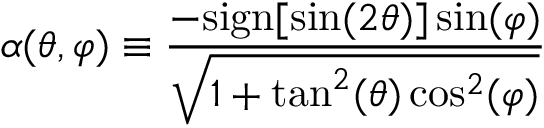
\alpha ( \theta , \varphi ) \equiv \frac { - \mathrm { s i g n } [ \sin ( 2 \theta ) ] \sin ( \varphi ) } { \sqrt { 1 + \tan ^ { 2 } ( \theta ) \cos ^ { 2 } ( \varphi ) } }